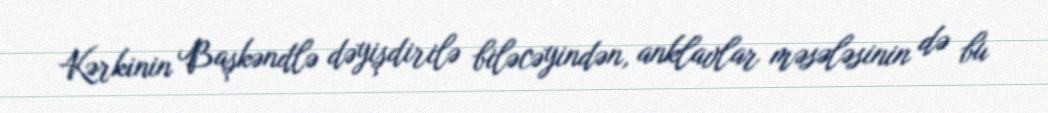
Kərkinin Başkəndlə dəyişdirilə biləcəyindən, anklavlar məsələsinin də bu